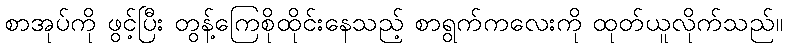
စာအုပ်ကို ဖွင့်ပြီး တွန့်ကြေစိုထိုင်းနေသည့် စာရွက်ကလေးကို ထုတ်ယူလိုက်သည်။